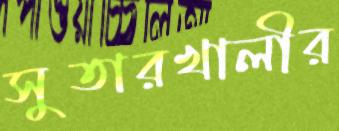
সুতারখালীর